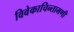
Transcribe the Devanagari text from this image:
विवेकाचिन्तामणी